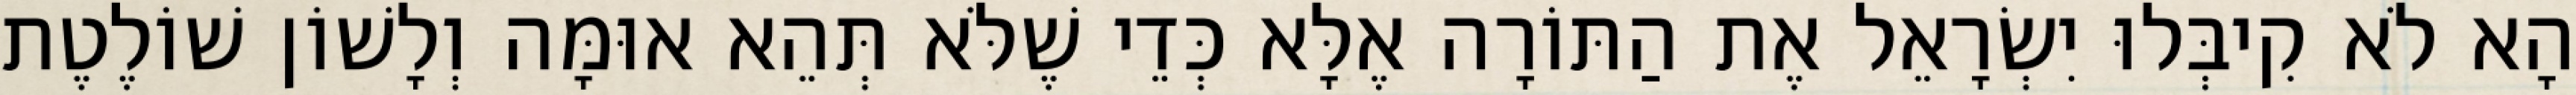
הָא לֹא קִיבְּלוּ יִשְׂרָאֵל אֶת הַתּוֹרָה אֶלָּא כְּדֵי שֶׁלֹּא תְּהֵא אוּמָּה וְלָשׁוֹן שׁוֹלֶטֶת